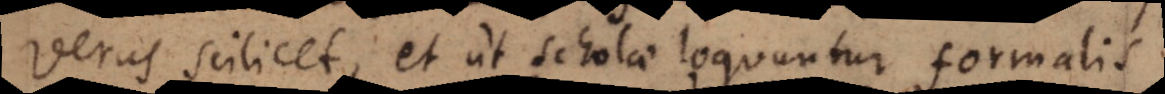
Verus scilicet, et ut scholae loquuntur, formalis